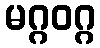
မဂ္ဂဝဂ္ဂ